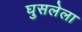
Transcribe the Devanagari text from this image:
घुसलेला